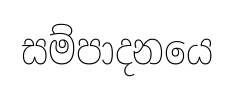
සම්පාදනයෙ